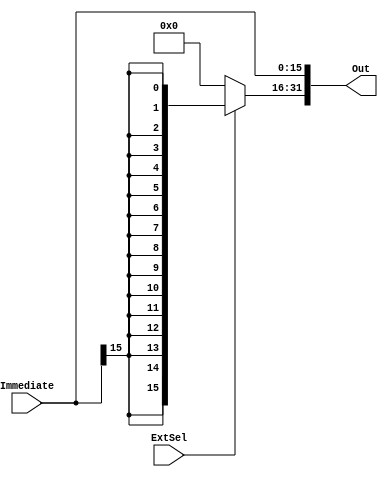


module SignZeroExtend(
    //
    input wire [15:0] Immediate,
    input ExtSel,
    output wire [31:0] Out
);

//16
assign Out[15:0] = Immediate[15:0];
//1610
assign Out[31:16] = ExtSel == 1 ? {16{Immediate[15]}} : 16'b0;
    
endmodule